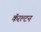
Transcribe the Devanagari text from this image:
कॅरल्टन